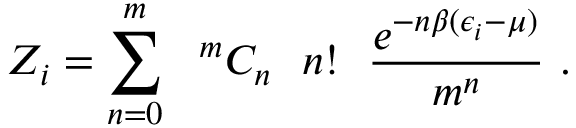
Z _ { i } = \sum _ { n = 0 } ^ { m } \ \ { } ^ { m } C _ { n } \ \ n ! \ \ \frac { e ^ { - n \beta ( \epsilon _ { i } - \mu ) } } { m ^ { n } } \ .